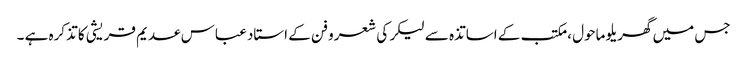
جس میں گھریلو ماحول ، مکتب کے اساتذہ سے لیکر کی شعرو فن کے استاد عباس عدیم قریشی کا تذکرہ ہے ۔